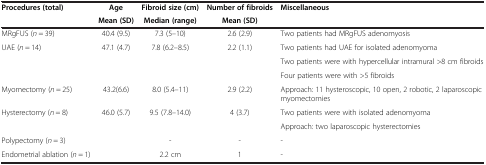
<table><thead><tr><td><b>Procedures (total)</b></td><td><b>Age</b></td><td><b>Fibroid size (cm)</b></td><td><b>Number of fibroids</b></td><td><b>Miscellaneous</b></td></tr><tr><td><b> </b></td><td><b>Mean (SD)</b></td><td><b>Median (range)</b></td><td><b>Mean (SD)</b></td><td><b> </b></td></tr></thead><tbody><tr><td>MRgFUS (<i>n</i> = 39)</td><td>40.4 (9.5)</td><td>7.3 (5–10)</td><td>2.6 (2.9)</td><td>Two patients had MRgFUS adenomyosis</td></tr><tr><td rowspan="3">UAE (<i>n</i> = 14)</td><td rowspan="3">47.1 (4.7)</td><td rowspan="3">7.8 (6.2–8.5)</td><td rowspan="3">2.2 (1.1)</td><td>Two patients had UAE for isolated adenomyoma</td></tr><tr><td>Two patients were with hypercellular intramural &gt;8 cm fibroids</td></tr><tr><td>Four patients were with &gt;5 fibroids</td></tr><tr><td>Myomectomy (<i>n</i> = 25)</td><td>43.2(6.6)</td><td>8.0 (5.4–11)</td><td>2.9 (2.2)</td><td>Approach: 11 hysteroscopic, 10 open, 2 robotic, 2 laparoscopic myomectomies</td></tr><tr><td rowspan="2">Hysterectomy (<i>n</i> = 8)</td><td rowspan="2">46.0 (5.7)</td><td rowspan="2">9.5 (7.8–14.0)</td><td rowspan="2">4 (3.7)</td><td>Two patients were with isolated adenomyoma</td></tr><tr><td>Approach: two laparoscopic hysterectomies</td></tr><tr><td>Polypectomy (<i>n</i> = 3)</td><td> </td><td>-</td><td>-</td><td>-</td></tr><tr><td>Endometrial ablation (<i>n</i> = 1)</td><td> </td><td>2.2 cm</td><td>1</td><td>-</td></tr></tbody></table>